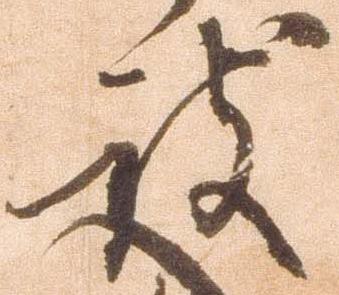
被